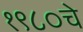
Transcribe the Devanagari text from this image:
१९८०चे